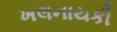
ખલનાયકી